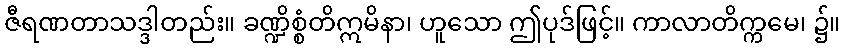
ဇီရဏတာသဒ္ဒါတည်း။ ခဏ္ဍိစ္စံတိဣမိနာ၊ ဟူသော ဤပုဒ်ဖြင့်။ ကာလာတိက္ကမေ၊ ၌။